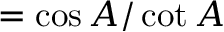
= { \cos A / \cot A }